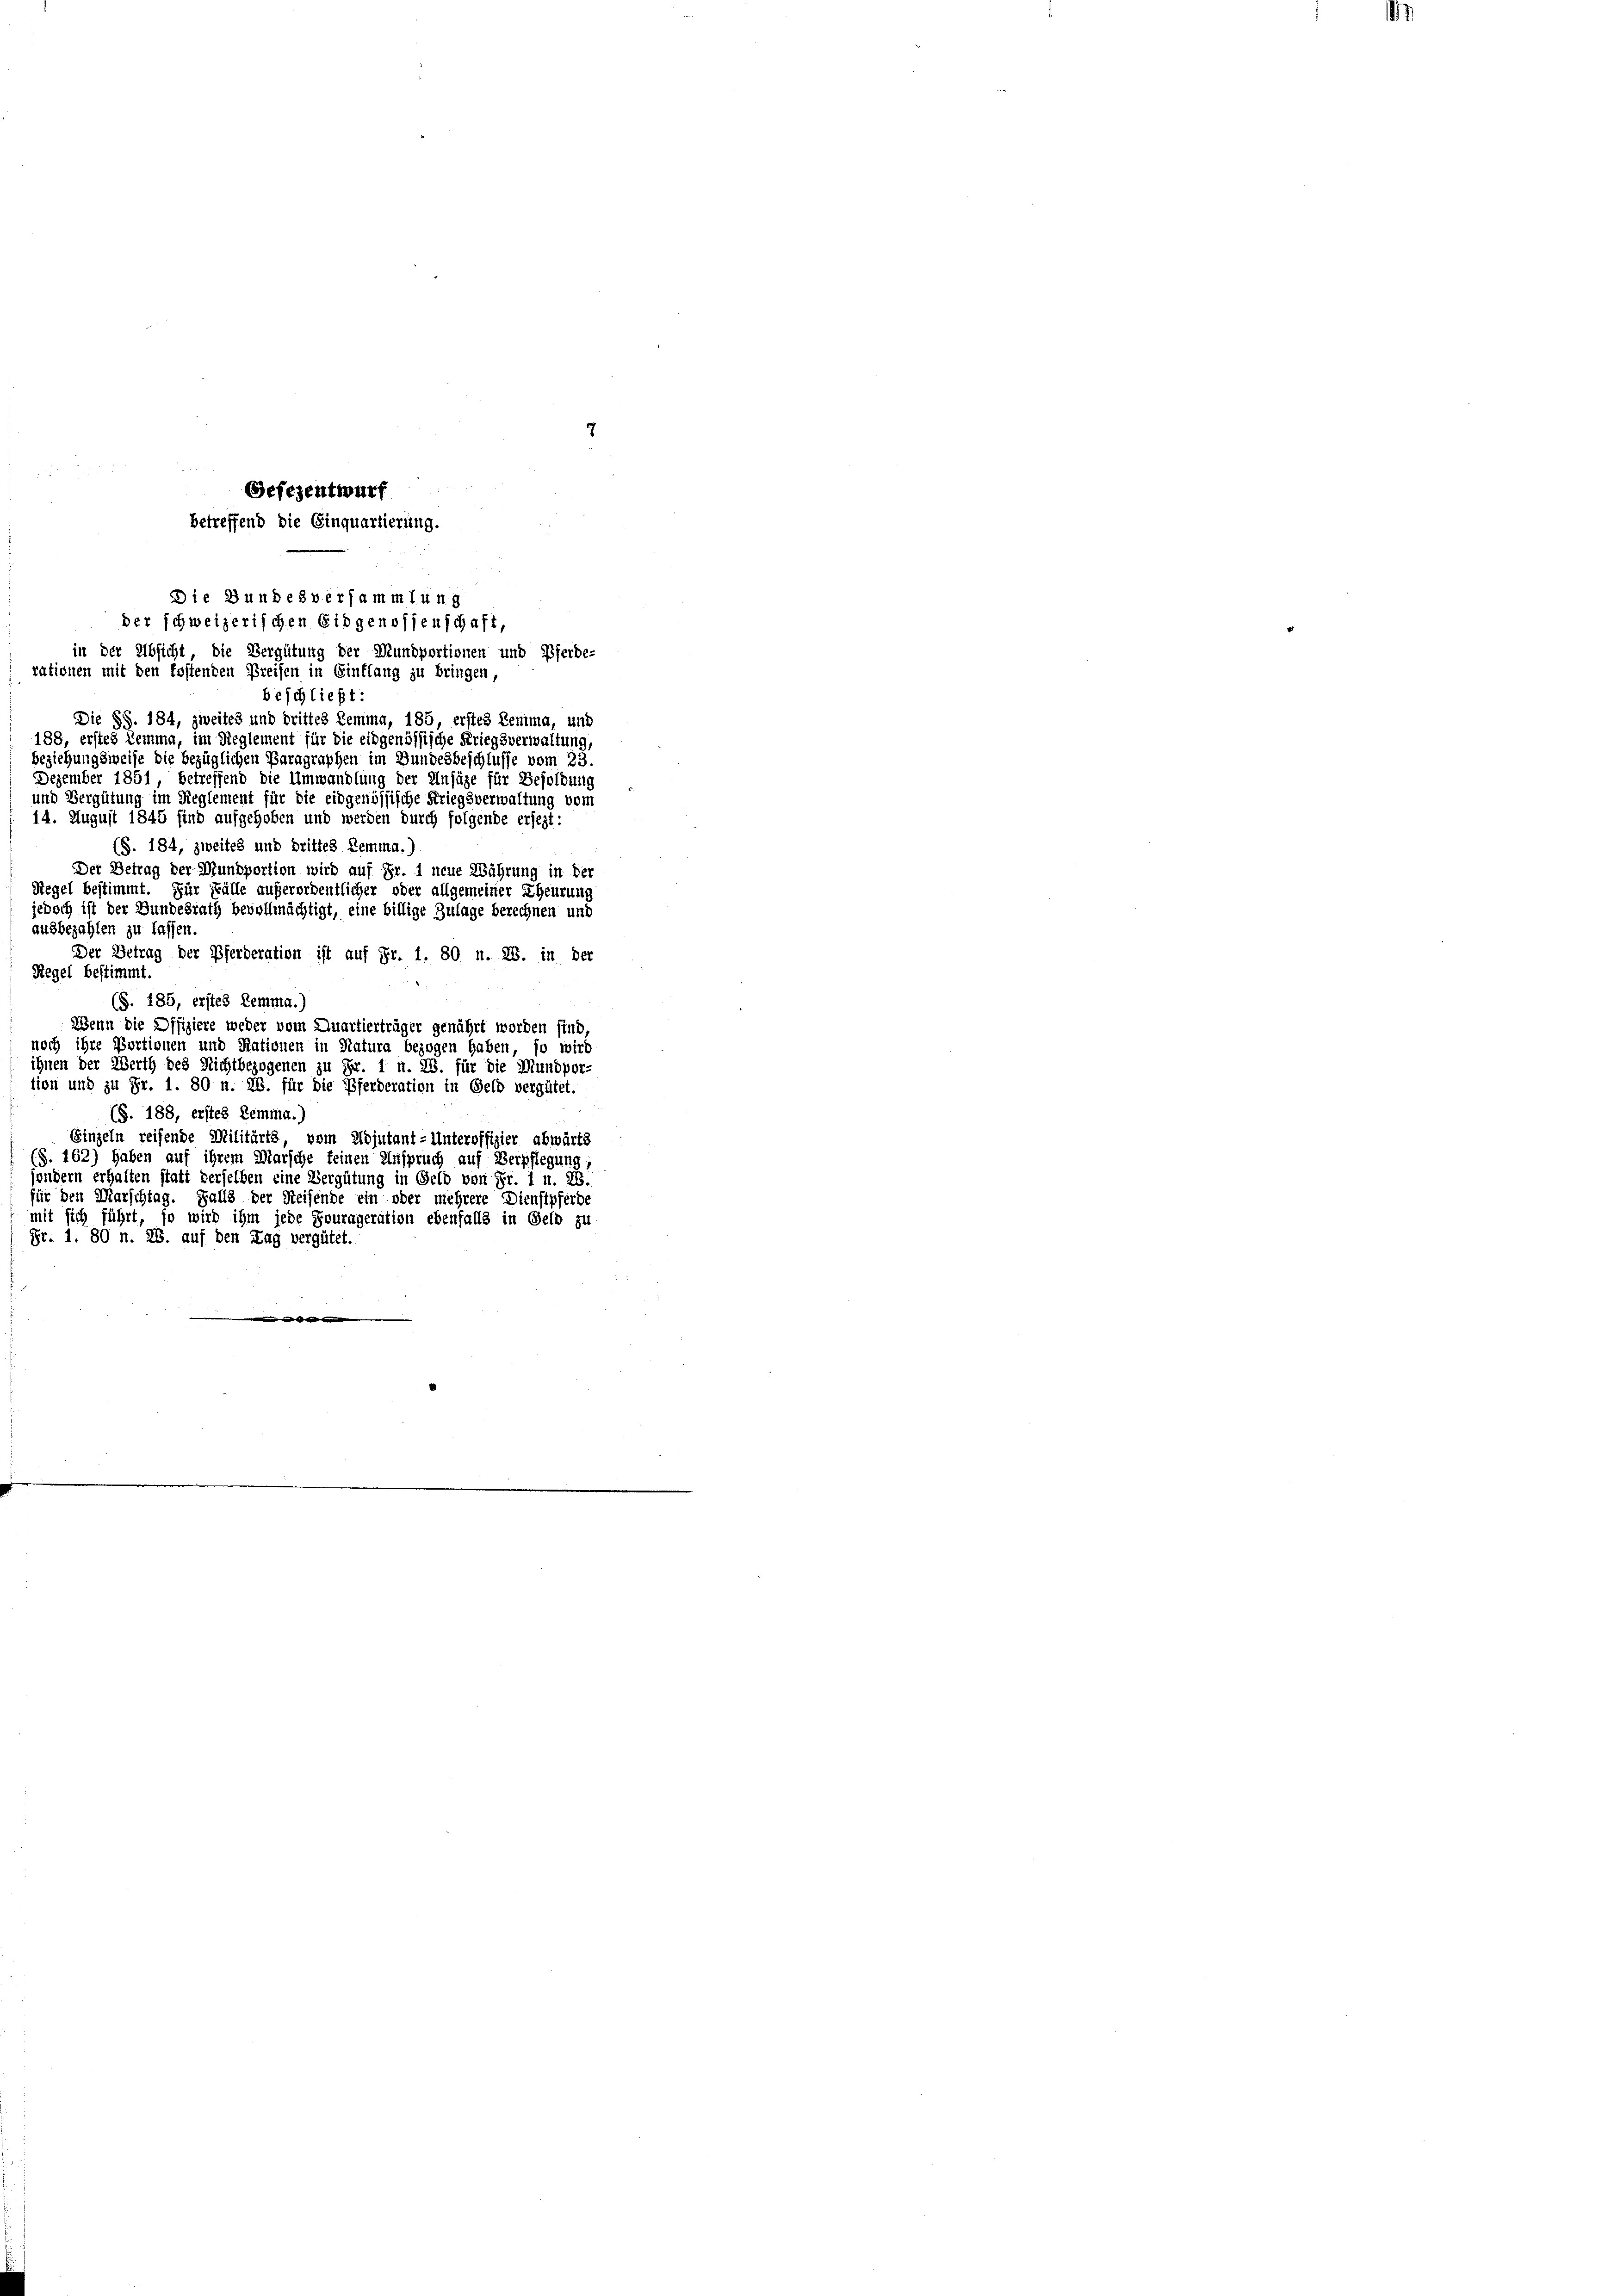
25
Gefezentwurf
betreffend die Einquartierung.
Die Bundesversammlung
der schweizerischen Eidgenossenschaft,
in der Absicht, die Vergütung der Mundportionen und Pferde-
rationen mit den kostenden Preisen in Eintlang zu bringen,

beschließt:
Die §§. 184, zweites und drittes Lemma, 185, erstes Lemma, und
188, erstes Lemma, im Reglement für die eidgenössische Kriegsverwaltung,
Beziehungsweise die bezüglichen Paragraphen im Bundesbeschlusse vom 23.
Dezember 1851 betreffend die Umwandlung der Ansäze für Besoldung
und Vergütung im Reglement für die eidgenössische Kriegsverwaltung vom
14. August 1845 find aufgehoben und werden durch folgende ersezt:
(S. 184, zweites und drittes Lemma.)
Der Betrag der Munsportion wird auf Fr. 1 neue Währung in der
Regel bestimmt. Für Fälle außerordentlicher oder allgemeiner Eheurung
edoch ist der Bundesrath bevollmächtigt, eine billige Zulage berechnen und
ausbezahlen zu lassen.
Der Betrag der Pferderation ist auf Fr. 1. 80 n. 28. in der
Regel bestimmt.
(S. 185, erstes Lemma.
Wenn die Offiziere weder vom Quartierträger genährt worden sind,
noch ihre Portionen und Nationen in Natura bezogen haben, so wird
ihnen der Werth des Nichtbezogenen zu Fr. 1 n. 28. für die Mundpor-
tion und zu Fr. 1. 80 n. 28. für die Pferderation in Geld vergütet.
(S. 188, erstes Lemma.
Einzeln reifende Militärts, vom Adjutant-Unteroffizier abwärts
(§. 162) Haben auf ihrem Marsche keinen Anspruch auf Verpflegung,
sondern erhalten statt derselben eine Vergütung in Geld von Fr. 1 u. 26.
für den Marschtag. Falls der Reisende ein oder mehrere Dienstpferde
mit sich führt, so wird ihm jede Fourageration ebenfalls in Geld zu
Fr. 1. 80 n. 28. auf den Tag vergütet.

.

d